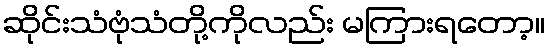
ဆိုင်းသံဗုံသံတို့ကိုလည်း မကြားရတော့။